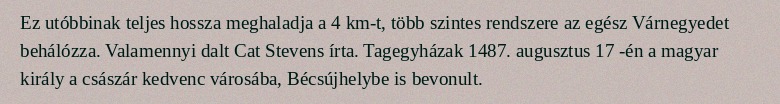
Ez utóbbinak teljes hossza meghaladja a 4 km-t, több szintes rendszere az egész Várnegyedet behálózza. Valamennyi dalt Cat Stevens írta. Tagegyházak 1487. augusztus 17 -én a magyar király a császár kedvenc városába, Bécsújhelybe is bevonult.